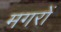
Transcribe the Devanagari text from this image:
मगरों